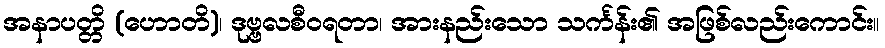
အနာပတ္တိ (ဟောတိ)၊ ဒုဗ္ဗလစီဝရတာ၊ အားနည်းသော သင်္ကန်း၏ အဖြစ်လည်းကောင်း။